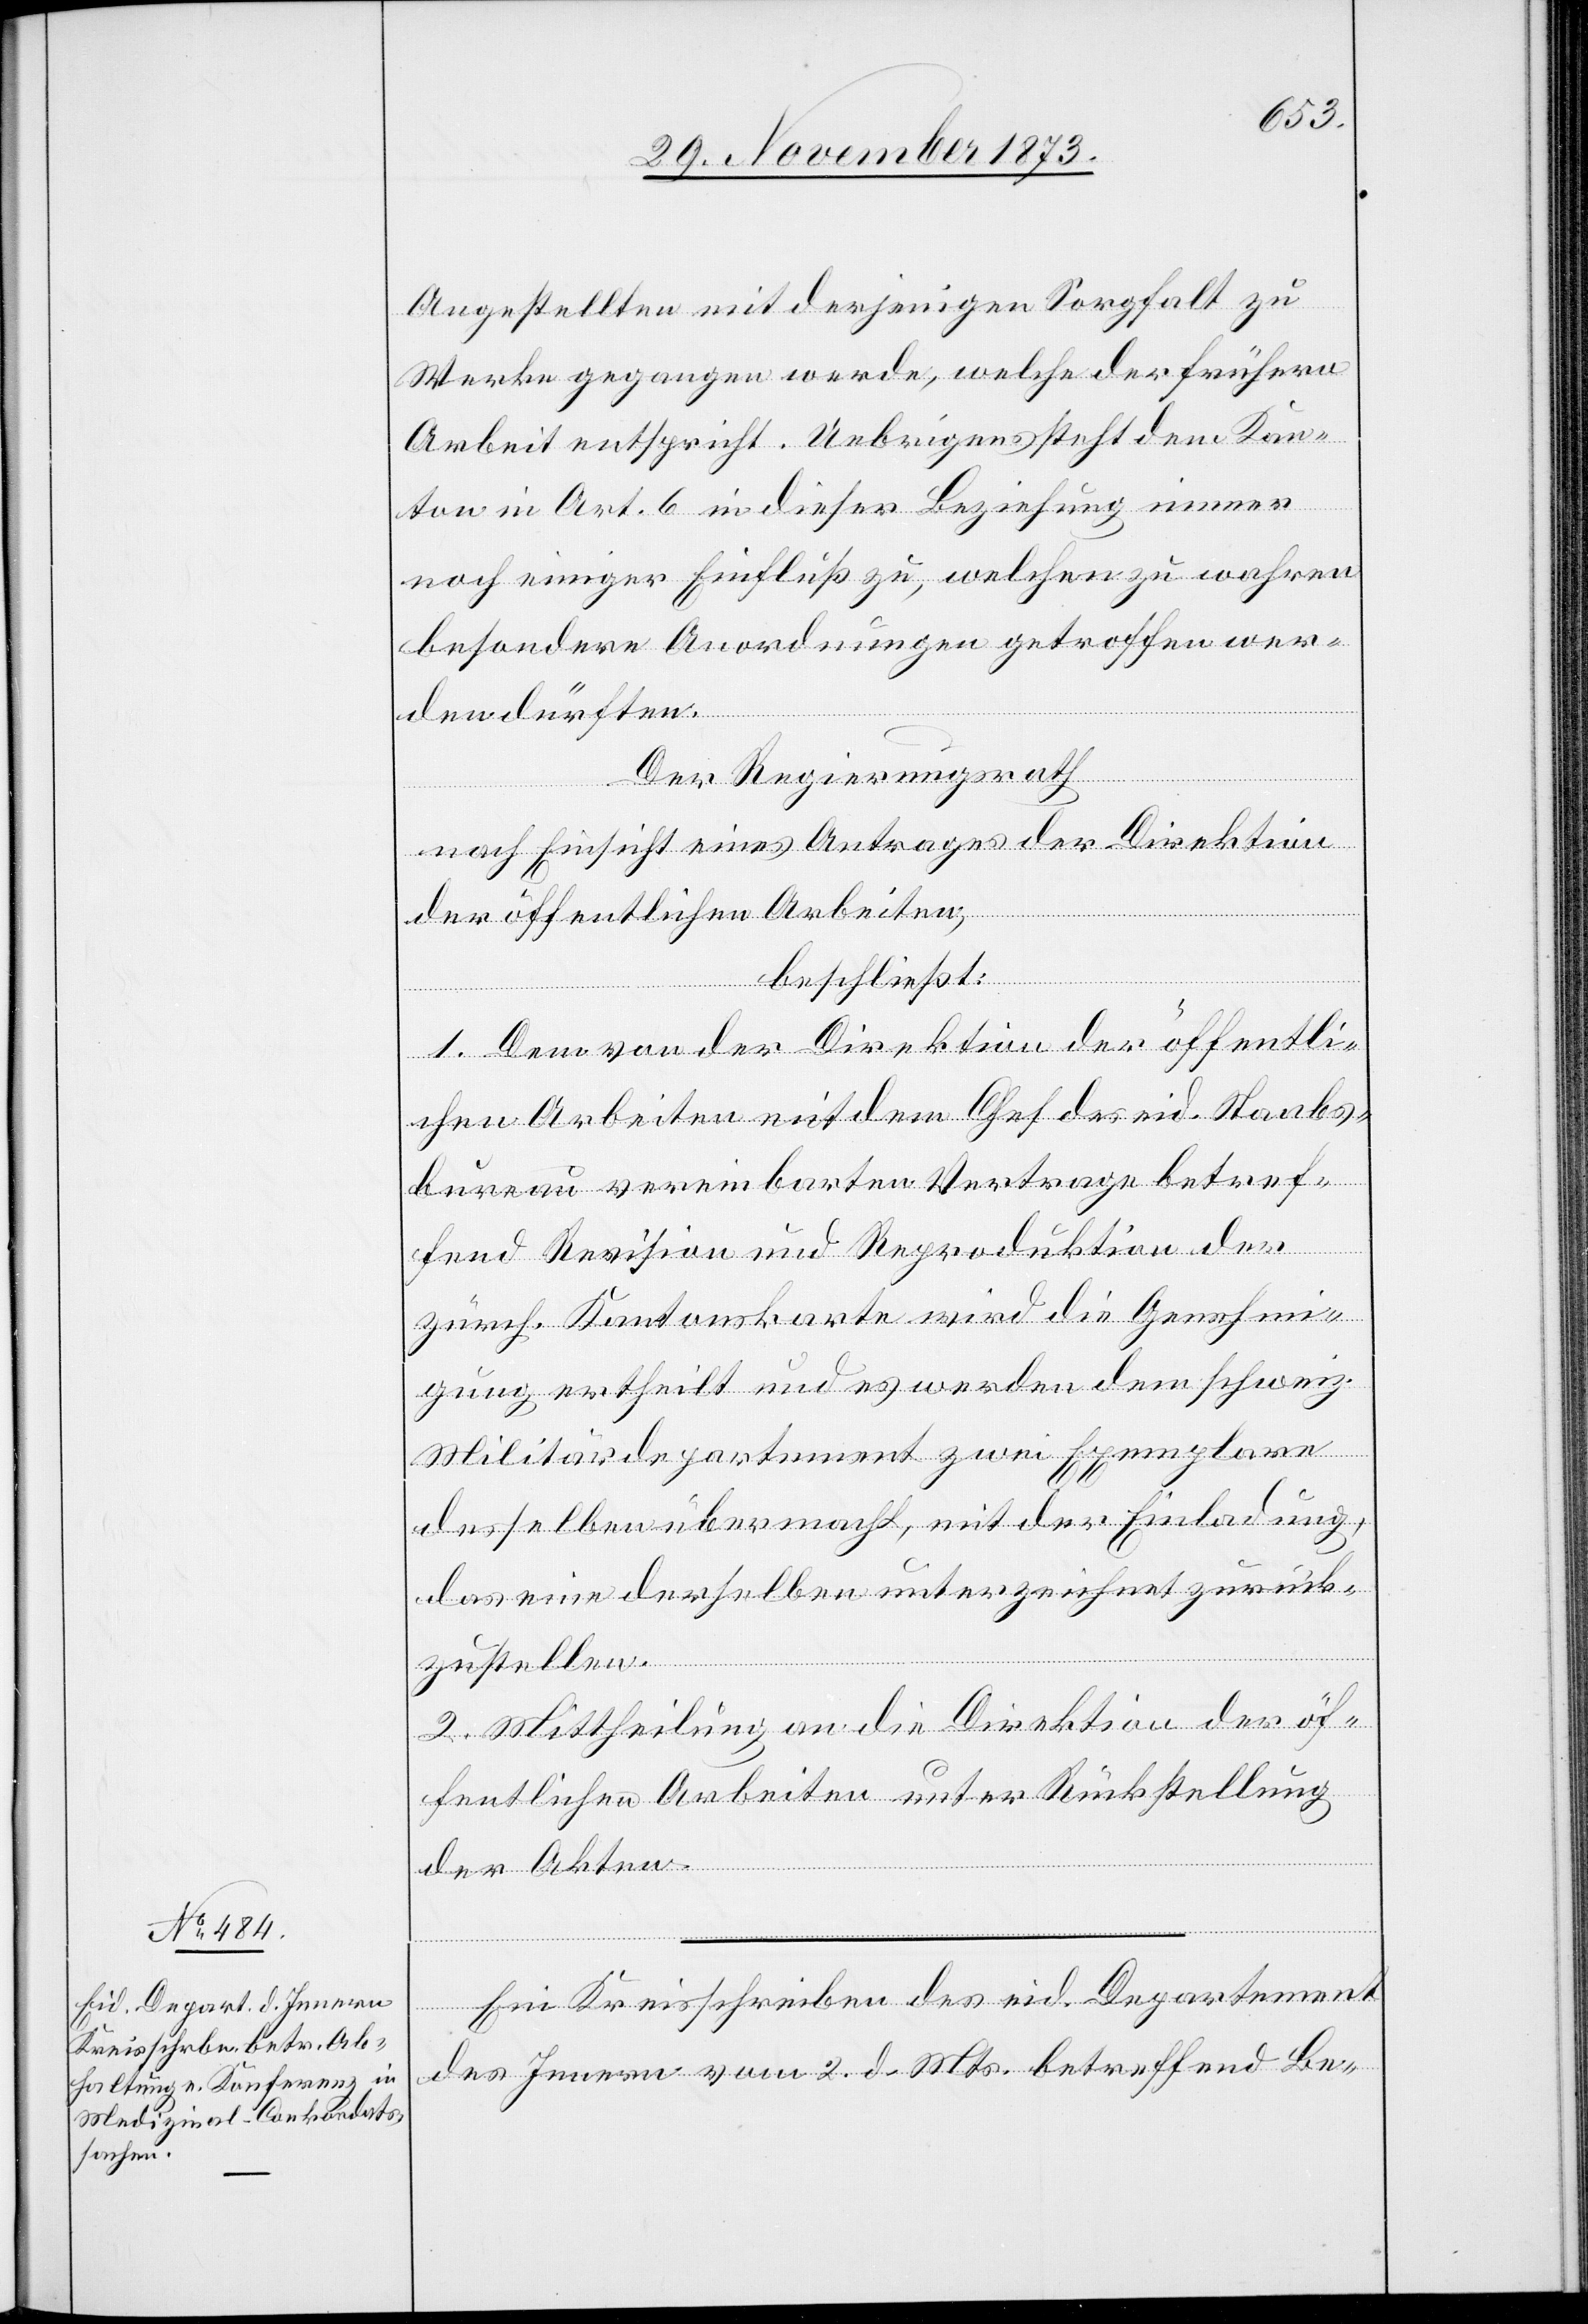
4. December 1873.]
Angestellten mit derjenigen Sorgfalt zu
Werke gegangen werde, welche der frühern
Arbeit entspricht. Uebrigens steht dem Kan¬
ton in Art. 6 in dieser Beziehung immer
noch einiger Einfluß zu, welchen zu wahren
besondere Anordnungen getroffen wer¬
den dürften.
Der Regierungsrath
nach Einsicht eines Antrages der Direktion
der öffentlichen Arbeiten,
beschließt:
1. Dem von der Direktion der öffentli¬
chen Arbeiten mit dem Chef des eid. Staabs¬
bureau vereinbarten Vertrage betref¬
fend Revision und Reproduktion der
zürch. Kantonskarte wird die Genehmi¬
gung ertheilt und es werden dem schweiz.
Militärdepartement zwei Exemplare
desselben übermacht, mit der Einladung,
das eine derselben unterzeichnet zurück¬
zustellen.
2. Mittheilung an die Direktion der öf¬
fentlichen Arbeiten unter Rückstellung
der Akten.
Ein Kreisschreiben des eid. Departement
des Innern vom 2. d. Mts. betreffend Be-